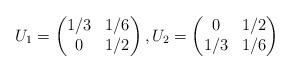
LaTeX: \begin{align*} U_1 = \begin{pmatrix} 1/3 & 1/6 \\ 0 & 1/2 \end{pmatrix} , U_2 = \begin{pmatrix} 0 & 1/2 \\ 1/3 & 1/6 \end{pmatrix}\end{align*}